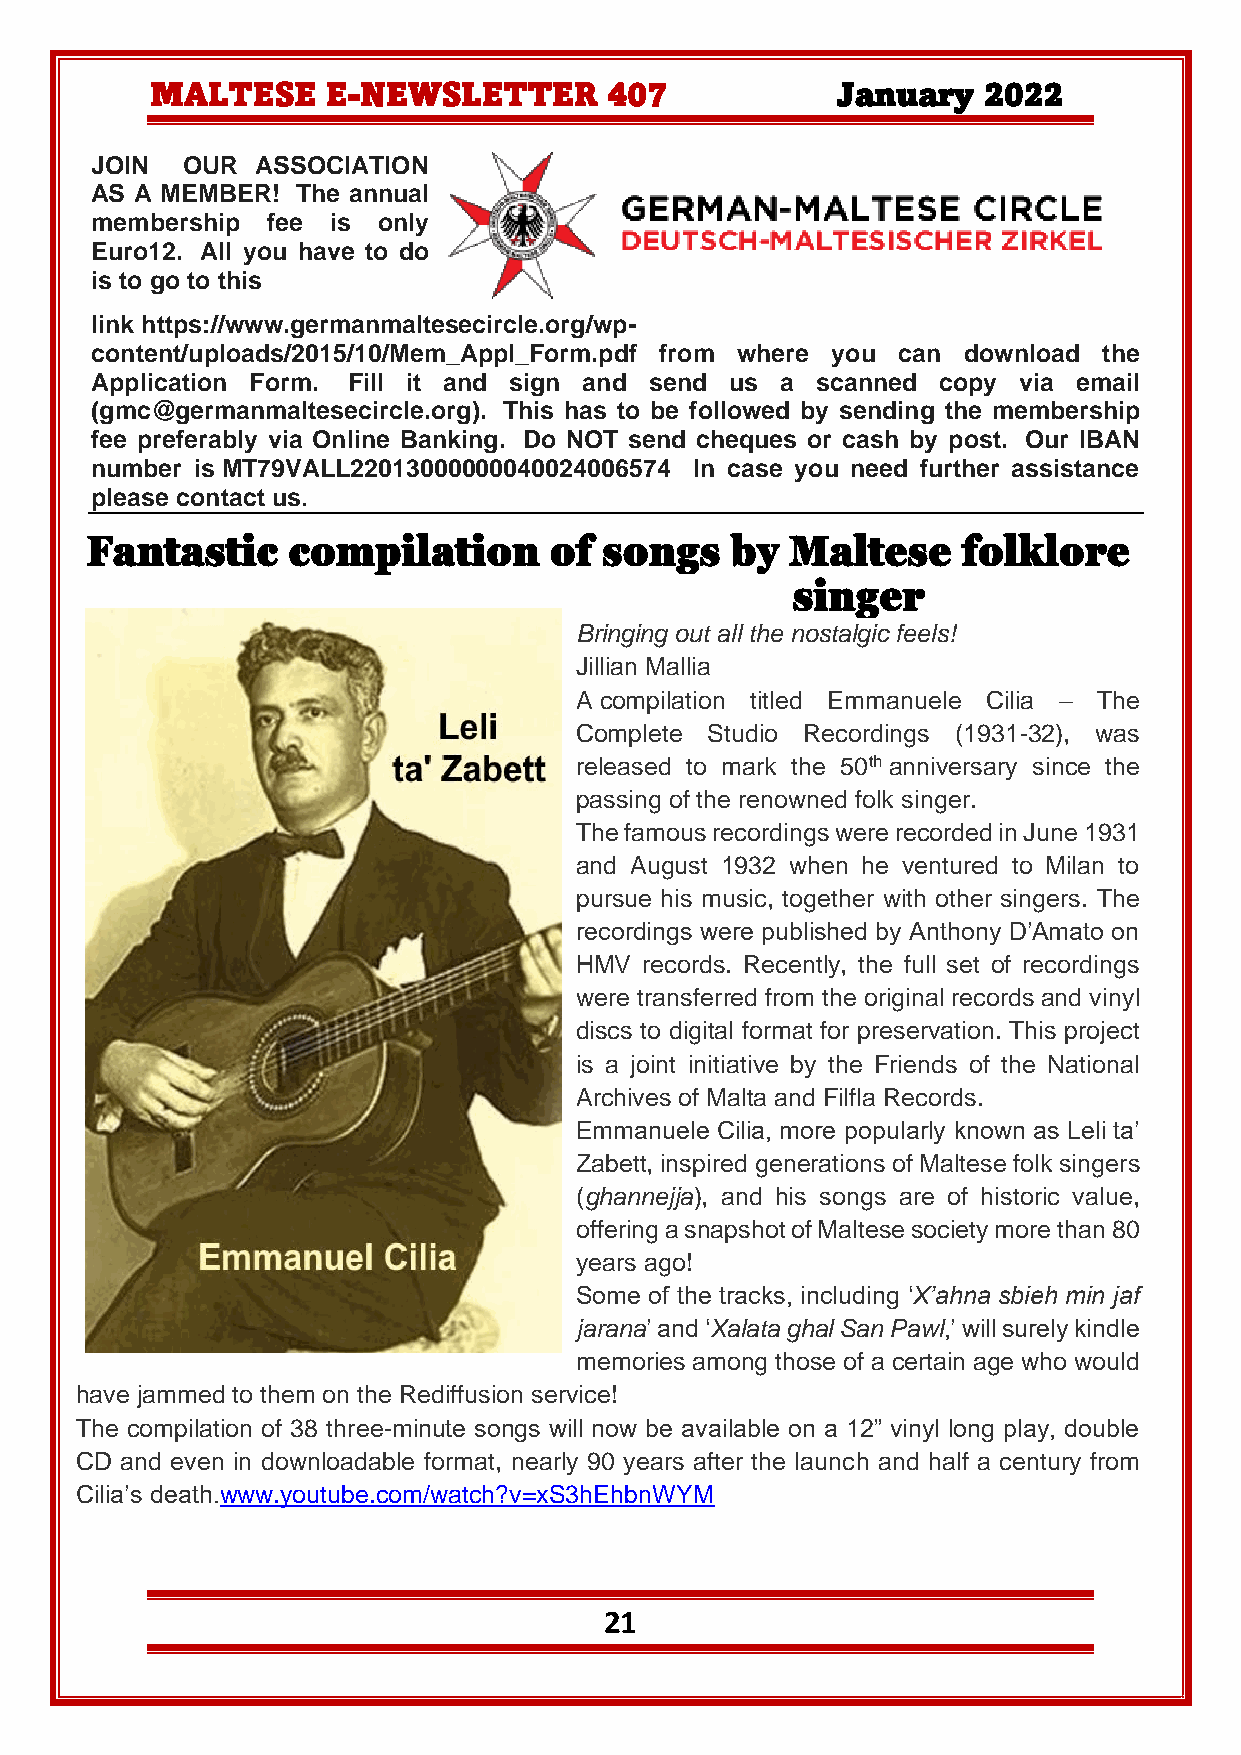
MALTESE     E-NEWSLETTER      407            January   2022
 JOIN  OUR  ASSOCIATION
 AS A MEMBER!  The annual
 membership  fee is only
 Euro12. All you have to do
 is to go to this
 link https://www.germanmaltesecircle.org/wp-
 content/uploads/2015/10/Mem_Appl_Form.pdf from where you can download the
 Application Form. Fill it and sign and send us a scanned copy via email
 (gmc@germanmaltesecircle.org). This has to be followed by sending the membership
 fee preferably via Online Banking. Do NOT send cheques or cash by post. Our IBAN
 number is MT79VALL22013000000040024006574 In case you need further assistance
 please contact us.
 Fantastic    compilation      of  songs   by  Maltese     folklore
 singer
 Bringing out all the nostalgic feels!
 Jillian Mallia
 A compilation titled Emmanuele Cilia – The
 Complete Studio Recordings (1931-32), was
 released to mark the 50th anniversary since the
 passing of the renowned folk singer.
 The famous recordings were recorded in June 1931
 and August 1932 when he ventured to Milan to
 pursue his music, together with other singers. The
 recordings were published by Anthony D’Amato on
 HMV  records. Recently, the full set of recordings
 were transferred from the original records and vinyl
 discs to digital format for preservation. This project
 is a joint initiative by the Friends of the National
 Archives of Malta and Filfla Records.
 Emmanuele Cilia, more popularly known as Leli ta’
 Zabett, inspired generations of Maltese folk singers
 (ghannejja), and his songs are of historic value,
 offering a snapshot of Maltese society more than 80
 years ago!
 Some of the tracks, including ‘X’ahna sbieh min jaf
 jarana’ and ‘Xalata ghal San Pawl,’ will surely kindle
 memories among those of a certain age who would
 have jammed to them on the Rediffusion service!
 The compilation of 38 three-minute songs will now be available on a 12” vinyl long play, double
 CD and even in downloadable format, nearly 90 years after the launch and half a century from
 Cilia’s death.www.youtube.com/watch?v=xS3hEhbnWYM
 21